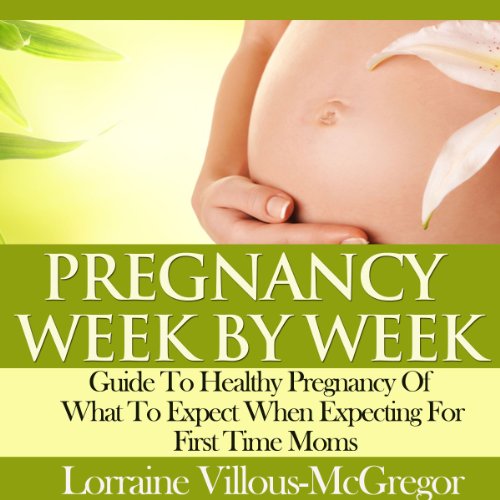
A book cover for Pregnancy Week by Week: Guide to Healthy Pregnancy of What to Expect When Expecting for First Time Moms; Lorraine Villous-McGregor; Crafts, Hobbies & Home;